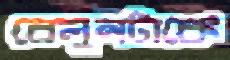
বেলুনটাকে